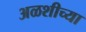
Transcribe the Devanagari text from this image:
अळशीच्या